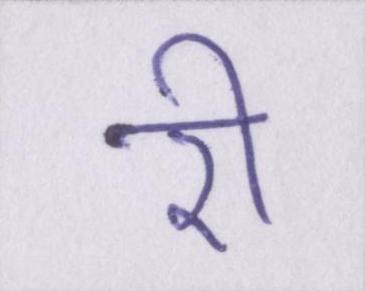
री